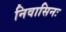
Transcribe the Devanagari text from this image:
निवासिनः